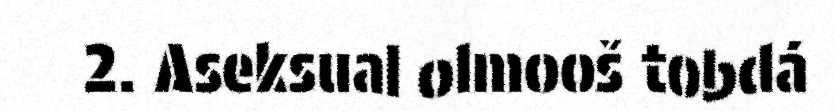
2. Aseksual olmooš tobdá